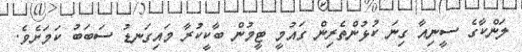
ލަންކާގެ ސީނިއާ ގިނަ ކުޅުންތެރިން ގައުމީ ޓީމުން ބާކީކުރާ މައިގަނޑު ސަބަބު ކަމަށެވެ.